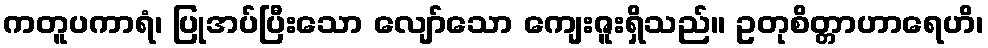
ကတူပကာရံ၊ ပြုအပ်ပြီးသော လျော်သော ကျေးဇူးရှိသည်။ ဥတုစိတ္တာဟာရေဟိ၊